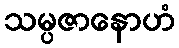
သမ္ပဇာနောဟံ